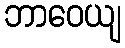
ဘာဝေယျ